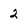
Character: 2